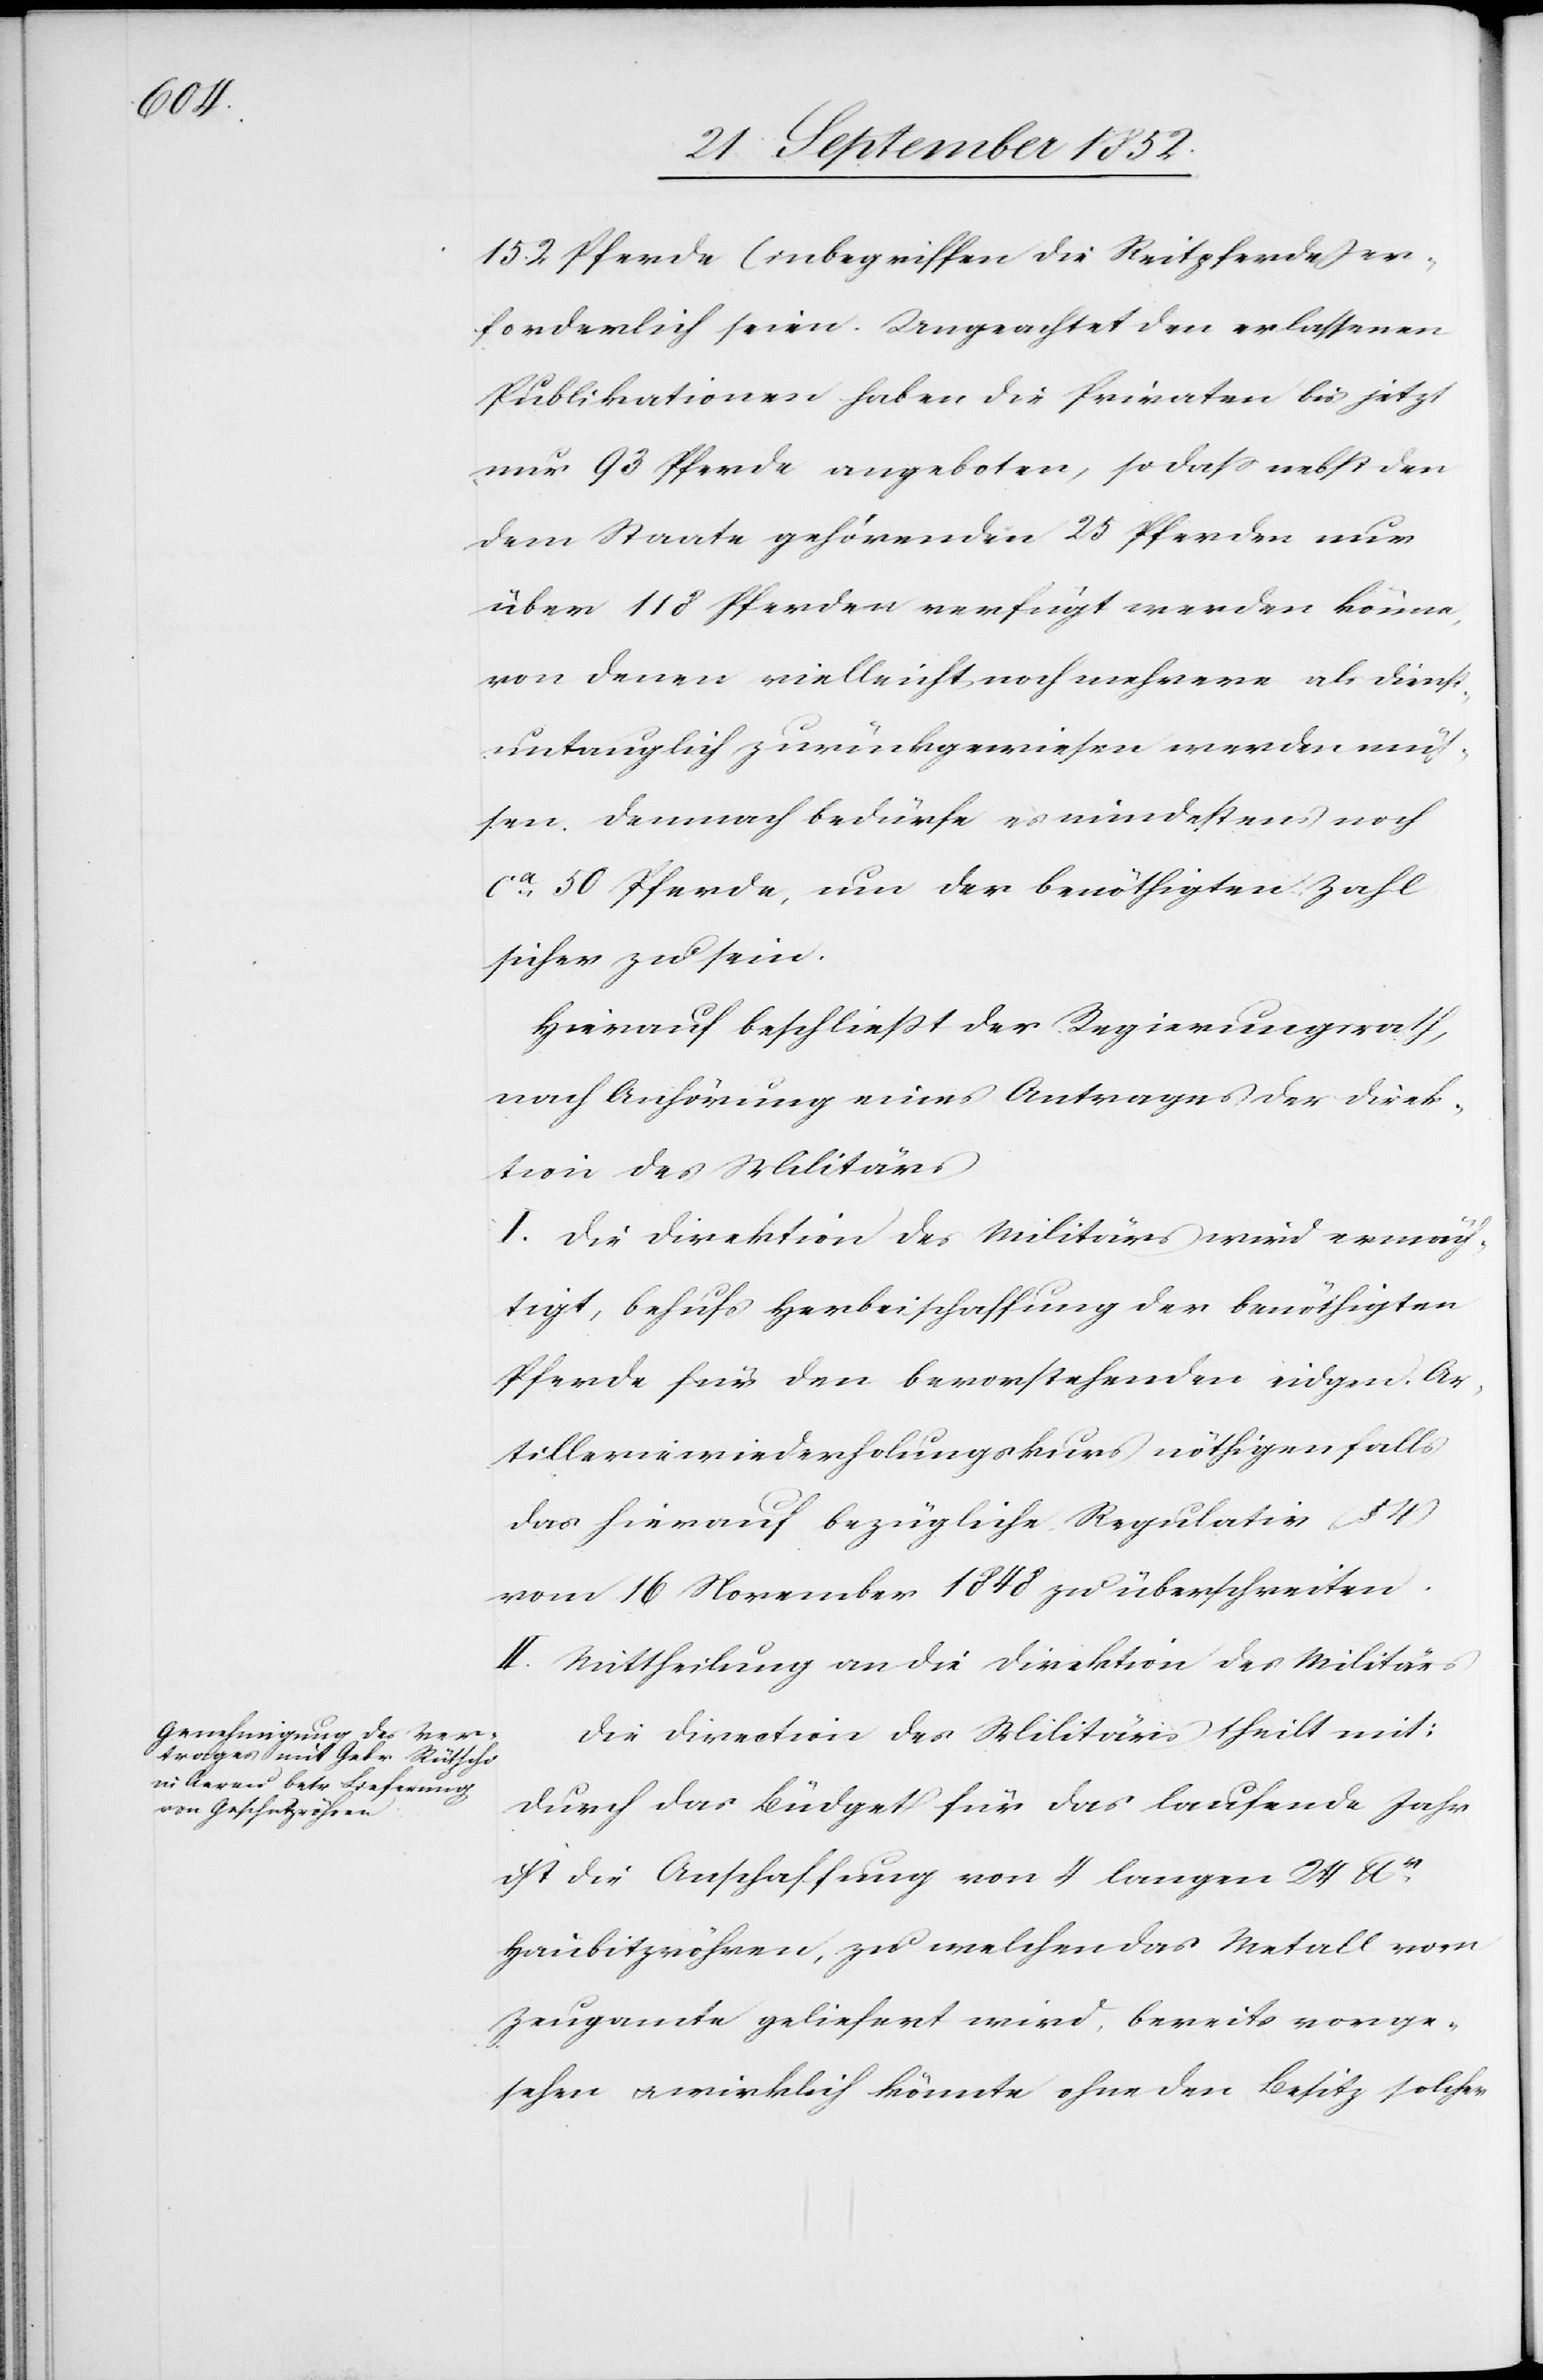
152 Pferde (inbegriffen die Reitpferde) er¬
forderlich seien. Ungeachtet den erlassenen
Publikationen haben die Privaten bis jetzt
nur 93 Pferde angeboten, so dass nebst den
dem Staate gehörenden 25 Pferden nur
über 118 Pferden verfügt werden könne,
von denen vielleicht noch mehrere als dienst¬
untauglich zurückgewiesen werden mü¬
ssen. Demnach bedürfe es mindestens noch
ca. 50 Pferde, um der benöthigten Zahl
sicher zu sein.
Hierauf beschließt der Regierungsrath,
nach Anhörung eines Antrages der Direk¬
tion des Militärs
I. Die Direktion des Militärs wird ermäch¬
tigt, behufs Herbeischaffung der benöthigten
Pferde für den bevorstehenden eidgen. Ar¬
tilleriewiederholungskurs nöthigenfalls
das hierauf bezügliche Regulativ (§ 4)
vom 16 November 1848 zu überschreiten.
II. Mittheilung an die Direktion des Militärs[.]
Die Direction des Militärs theilt mit:
Durch das Büdget für das laufende Jahr
ist die Anschaffung von 4 langen 24 lbr.
Haubitzröhren, zu welchen das Metall vom
Zeugamte geliefert wird, bereits vorge¬
sehen & wirklich könnte ohne den Besitz solcher